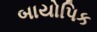
બાયોપિક